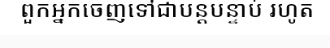
ពួកអ្នកចេញទៅជាបន្តបន្ទាប់ រហូត